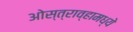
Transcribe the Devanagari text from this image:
ओस्त्राव्हामध्ये